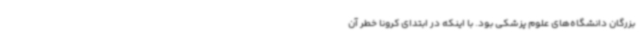
بزرگان دانشگاه‌های علوم پزشکی بود. با اینکه در ابتدای کرونا خطر آن